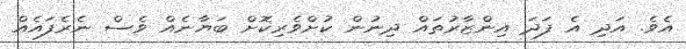
އެވެ. އަދި އެ ފަދަ އިންޒާރުތައް ދިނުން ކުށްވެރިކޮށް ބަޔާނެއް ވެސް ނެރެފައެއް